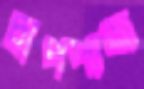
চাপপাজ